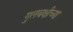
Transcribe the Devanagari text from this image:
गुलबक्षीच्या